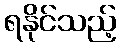
ရနိုင်သည့်